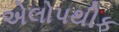
એલોપથીક